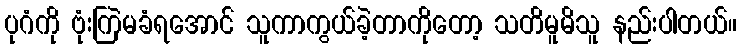
ပုဂံကို ဗုံးကြဲမခံရအောင် သူကာကွယ်ခဲ့တာကိုတော့ သတိမူမိသူ နည်းပါတယ်။